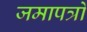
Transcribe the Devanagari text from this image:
जमापत्रों